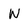
Character: W